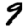
Digit: 9